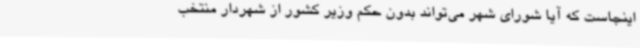
اینجاست که آیا شورای شهر می‌تواند بدون حکم وزیر کشور از شهردار منتخب